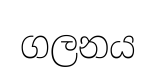
ගලනය